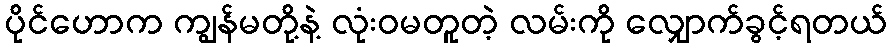
ပိုင်ဟောက ကျွန်မတို့နဲ့ လုံးဝမတူတဲ့ လမ်းကို လျှောက်ခွင့်ရတယ်